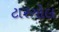
ટારગોલ